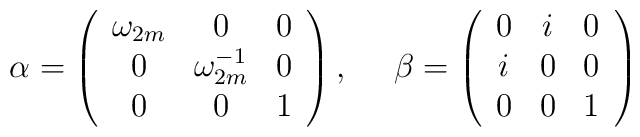
\alpha=\left( \begin{array}{ccc} \omega_{2m}  & 0 & 0 \\0 & \omega_{2m}^{-1} & 0 \\ 0 & 0  & 1  \end{array} \right) ,~~~~\beta=\left( \begin{array}{ccc} 0 & i & 0 \\ i & 0 & 0 \\  0 & 0  & 1 \end{array} \right)